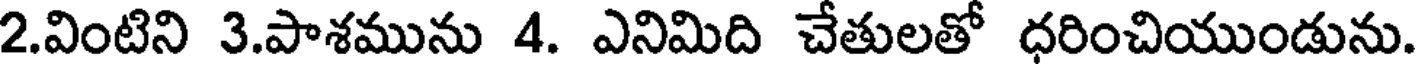
2.వింటిని 3.పాశమును 4. ఎనిమిది చేతులతో ధరించియుండును.